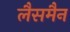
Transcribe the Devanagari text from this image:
लैसमैन